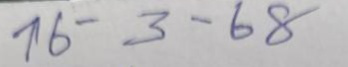
16 - 3 - 68